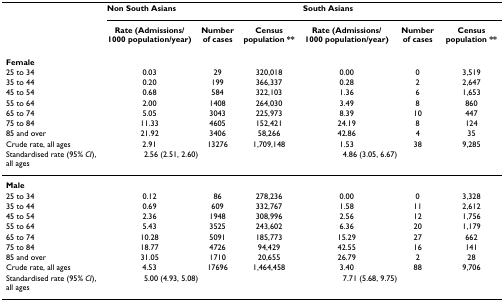
<table><thead><tr><td></td><td colspan="3"><b>Non South Asians</b></td><td colspan="3"><b>South Asians</b></td></tr><tr><td></td><td><b>Rate (Admissions/1000 population/year)</b></td><td><b>Number of cases</b></td><td><b>Census population **</b></td><td><b>Rate (Admissions/1000 population/year)</b></td><td><b>Number of cases</b></td><td><b>Census population **</b></td></tr></thead><tbody><tr><td><b>Female</b></td><td></td><td></td><td></td><td></td><td></td><td></td></tr><tr><td>25 to 34</td><td>0.03</td><td>29</td><td>320,018</td><td>0.00</td><td>0</td><td>3,519</td></tr><tr><td>35 to 44</td><td>0.20</td><td>199</td><td>366,337</td><td>0.28</td><td>2</td><td>2,647</td></tr><tr><td>45 to 54</td><td>0.68</td><td>584</td><td>322,103</td><td>1.36</td><td>6</td><td>1,653</td></tr><tr><td>55 to 64</td><td>2.00</td><td>1408</td><td>264,030</td><td>3.49</td><td>8</td><td>860</td></tr><tr><td>65 to 74</td><td>5.05</td><td>3043</td><td>225,973</td><td>8.39</td><td>10</td><td>447</td></tr><tr><td>75 to 84</td><td>11.33</td><td>4605</td><td>152,421</td><td>24.19</td><td>8</td><td>124</td></tr><tr><td>85 and over</td><td>21.92</td><td>3406</td><td>58,266</td><td>42.86</td><td>4</td><td>35</td></tr><tr><td>Crude rate, all ages</td><td>2.91</td><td>13276</td><td>1,709,148</td><td>1.53</td><td>38</td><td>9,285</td></tr><tr><td>Standardised rate (95% <i>CI</i>), all ages</td><td colspan="2">2.56 (2.51, 2.60)</td><td></td><td colspan="2">4.86 (3.05, 6.67)</td><td></td></tr><tr><td><b>Male</b></td><td></td><td></td><td></td><td></td><td></td><td></td></tr><tr><td>25 to 34</td><td>0.12</td><td>86</td><td>278,236</td><td>0.00</td><td>0</td><td>3,328</td></tr><tr><td>35 to 44</td><td>0.69</td><td>609</td><td>332,767</td><td>1.58</td><td>11</td><td>2,612</td></tr><tr><td>45 to 54</td><td>2.36</td><td>1948</td><td>308,996</td><td>2.56</td><td>12</td><td>1,756</td></tr><tr><td>55 to 64</td><td>5.43</td><td>3525</td><td>243,602</td><td>6.36</td><td>20</td><td>1,179</td></tr><tr><td>65 to 74</td><td>10.28</td><td>5091</td><td>185,773</td><td>15.29</td><td>27</td><td>662</td></tr><tr><td>75 to 84</td><td>18.77</td><td>4726</td><td>94,429</td><td>42.55</td><td>16</td><td>141</td></tr><tr><td>85 and over</td><td>31.05</td><td>1710</td><td>20,655</td><td>26.79</td><td>2</td><td>28</td></tr><tr><td>Crude rate, all ages</td><td>4.53</td><td>17696</td><td>1,464,458</td><td>3.40</td><td>88</td><td>9,706</td></tr><tr><td>Standardised rate (95% <i>CI</i>), all ages</td><td colspan="2">5.00 (4.93, 5.08)</td><td></td><td colspan="2">7.71 (5.68, 9.75)</td><td></td></tr></tbody></table>